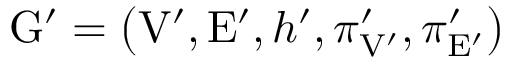
\mathrm { G } ^ { \prime } = \left( \mathrm { V } ^ { \prime } , \mathrm { E } ^ { \prime } , h ^ { \prime } , \pi _ { \mathrm { V } ^ { \prime } } ^ { \prime } , \pi _ { \mathrm { E } ^ { \prime } } ^ { \prime } \right)